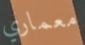
معماري